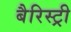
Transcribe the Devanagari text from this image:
बैरिस्ट्री